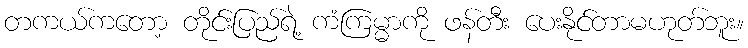
တကယ်ကတော့ တိုင်းပြည်ရဲ့ ကံကြမ္မာကို ဖန်တီး ပေးနိုင်တာမဟုတ်ဘူး။